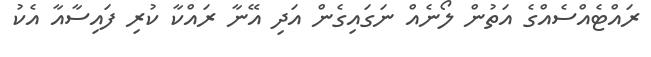
ރައްޓެއްސެއްގެ އަތުން ލޯނެއް ނަގައިގެން އަދި އޭނާ ރައްކާ ކުރި ފައިސާއާ އެކު